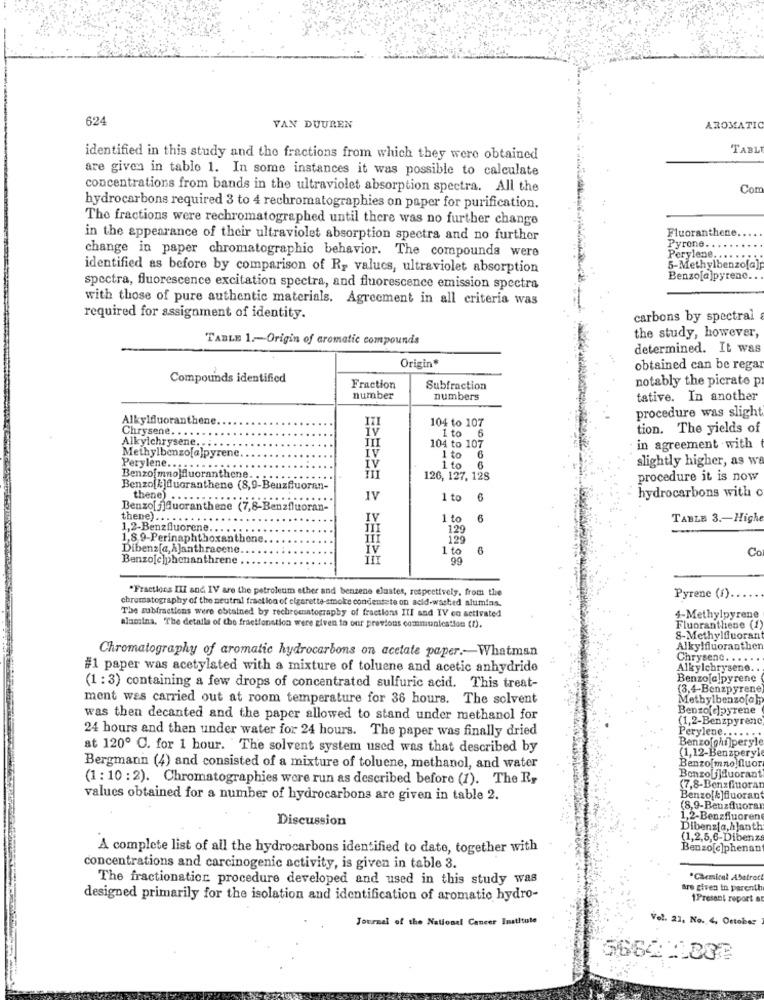
624
VAN DUUREN
AROMATIC
TABL
identified in this study and the fractions from which they were obtained
are given in tablo 1. In some instances it was possible to calculate
concentrations from bands in the ultraviolet absorption spectra. All the
Cor
hydrocarbons required 3 to 4 rechromatographies on paper for purification.
The fractions were rechromatographed until there was no further change
Fluoranthene.
in the appearance of their ultraviolet absorption spectra and no further
change in paper chromatographic behavior. The compounds were
Pyrone. ..
Perylene. ...
identified as before by comparison of Ry values, ultraviolet absorption
5-Methylbenzo[a]
Benzo[a]pyrenc ...
spectra, fluorescence excitation spectra, and fluorescence emission spectra
with those of pure authentic materials. Agreement in all criteria was
required for assignment of identity.
carbons by spectral
TABLE 1 .- Origin of aromatic compounds
the study, however,
determined. It was
Origin
obtained can be regar
Compounds identified
notably the picrate p
Fraction
Subfraction
number
numbers
tative. In another
procedure was slight
Alkylfuoranthene.
104 to 107
Chrysene. . . . ..
tion. The yields of
Alkylchrysene ...
III
AI
104 to 107
1 to 6
Methylbenzo[a]pyrene.
in agreement with
1 to
6
slightly higher, as wa
Perylene.
IV
1 to
Benzo[mno]fluoranthene.
126, 127, 128
procedure it is now
Benzo[k]fluoranthene (8,9-Beuzfluoran-
thene) .
IV
1 to
hydrocarbons with o
Benzo[j]Quoranthene (7,8-Benzfluoran-
thene).
IV
1 to
6
TABLE 3 .- Highe
1,2-Benzfluorene ....
129
1,8 9-Perinaphthoxanthone.
129
Dibenz[a,A]anthracene
IV
1 to
6
Cc
Benzo[e]phenanthrene
99
"Fractions III and IV are the petroleum ether and benzene elustes, respectively, from the
chromatography of the neutral fraction of cigarette smoke condentete on acid-washed alumias.
Pyrene (f).
The subfractions were obtained by rechromatography of fractions III and IV en activated
4-Methylpyrene
alumina, The detalla of the fractfonction were given to our previous communication (1).
Fluoranthiene (1)
8-Methylfluorani
Chromatography of aromatic hydrocarbons on acetate paper .- Whatman
Alkylfluoranthen
Chrysenc. . . . . .
#1 paper was acetylsted with a mixture of toluene and acetic anhydride
Alkylchrysene ..
Benzo[a]pyrene
(1 : 3) containing a few drops of concentrated sulfuric acid. This treat-
(3,4-Benzpyrene)
ment was carried out at room temperature for 36 hours. The solvent
Methylbenzo[a]p
Benzo[c]pyrene
was then decanted and the paper allowed to stand under methanol for
(1,2-Benzpyrene
Perylene.
24 hours and then under water for 24 hours. The paper was finally dried
Benzo[ghi]pery]
at 120º C. for 1 hour. The solvent system used was that described by
(1,12-Benzpery]
Bergmann (4) and consisted of a mixture of toluene, methanol, and water
Benzo[mno fluor
(1 : 10 : 2). Chromatographies were run as described before (1). The R,
Benzo[j]duorant
(7,8-Benzfluoran
values obtained for a number of hydrocarbons are given in table 2.
Benzo[&]fluorant
(8,9-Benzfluora
Discussion
1,2-Benzfluoren
Dibenz[a,hjanth
(1,2,5,6-Dibenz
A complete list of all the hydrocarbons identified to date, together with
Benzo[c]phenan
concentrations and carcinogenic activity, is given in table 3.
The fractionation procedure developed and used in this study was
*Chemical Abstrac
are given in parenth
designed primarily for the isolation and identification of aromatic hydro-
1Present report at
Journal of the National Cancer Institute
Vel. 21, No. 4, October